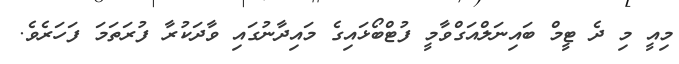
މިއީ މި ދެ ޓީމް ބައިނަލްއަގްވާމީ ފުޓްބޯޅައިގެ މައިދާނުގައި ވާދަކުރާ ފުރަތަމަ ފަހަރެވެ.